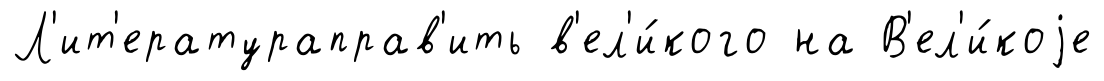
Л'ит'ератураправ'ить в'ел'и́кого на В'ел'и́коjе